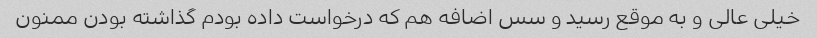
خیلی عالی و به موقع رسید و سس اضافه هم که درخواست داده بودم گذاشته بودن ممنون